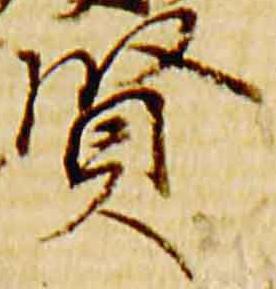
賢